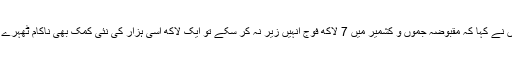
انہوں نے کہا کہ مقبوضہ جموں و کشمیر میں 7 لاکھ فوج انہیں زیر نہ کر سکے تو ایک لاکھ اسی ہزار کی نئی کمک بھی ناکام ٹھہرے گی۔